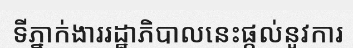
ទីភ្នាក់ងាររដ្ឋាភិបាលនេះផ្តល់នូវការ